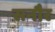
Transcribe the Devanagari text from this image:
सनौर